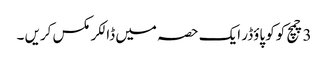
3 چمچ کوکو پاؤڈر ایک حصہ میں ڈالکر مکس کریں ۔